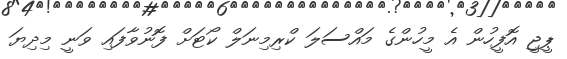
ޕީޖީ އޮފީހުން އެ މީހުންގެ މައްސަލަ ކްރިމިނަލް ކޯޓަށް ފޮނުވާފައި ވަނީ މިދިޔަ